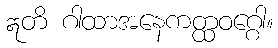
ဣတိ ဂါထာအနေကတ္ထဝဂ္ဂေါ။